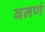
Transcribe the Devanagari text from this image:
बनणं